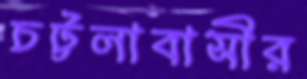
চট্টলাবাসীর